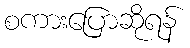
စကားပြောဆိုရန်